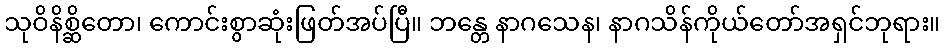
သုဝိနိစ္ဆိတော၊ ကောင်းစွာဆုံးဖြတ်အပ်ပြီ။ ဘန္တေ နာဂသေန၊ နာဂသိန်ကိုယ်တော်အရှင်ဘုရား။